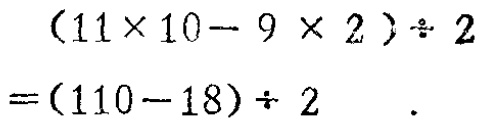
\[

\begin{align*}

&(11\times 10 - 9\times 2)\div 2\\

=&(110 - 18)\div 2

\end{align*}

\]